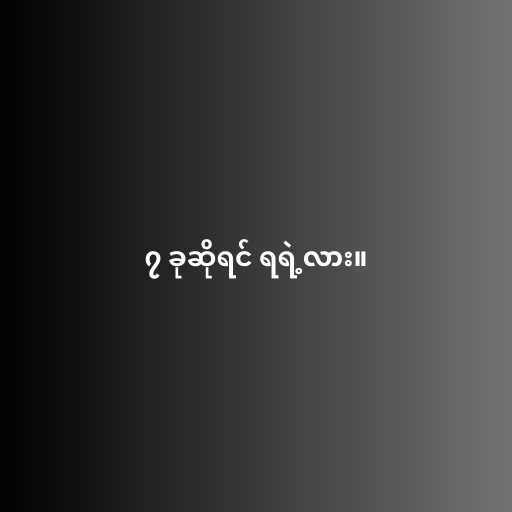
၇ ခုဆိုရင် ရရဲ့လား။